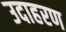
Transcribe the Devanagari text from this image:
उदाहरण